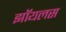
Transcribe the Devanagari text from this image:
झॉयलस